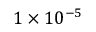
1 \times 1 0 ^ { - 5 }